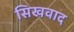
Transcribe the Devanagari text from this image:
सिखवाद